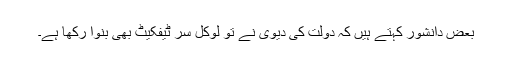
بعض دانشور کہتے ہیں کہ دولت کی دیوی نے تو لوکل سر ٹیفکیٹ بھی بنوا رکھا ہے۔